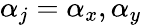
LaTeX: \mathcal{\alpha}_{j}=\mathcal{\alpha}_{x},\mathcal{\alpha}_{y}